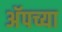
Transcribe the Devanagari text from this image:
अॅपच्या